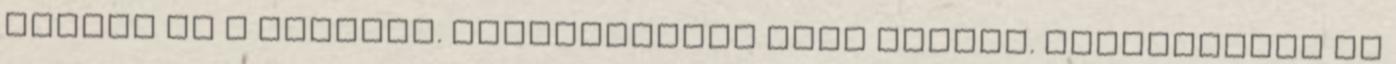
Emóció és a többiek. Használhatod őket együtt. Kipróbáltam az